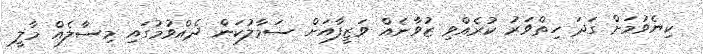
ކިޔެވުމަށް ގަދަ ހިތްވަރު ކުރެއްވި ޒުވާނެއް ވަޒީފާއަށް ސަމާލުކަން ދެއްވުމުގައި މިސާލެއް މާލީ